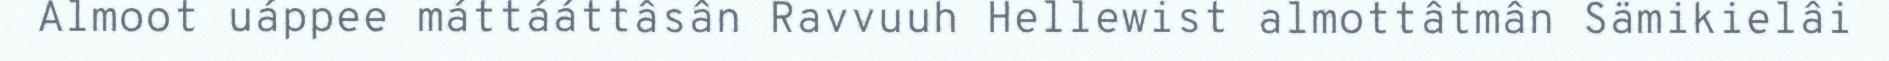
Almoot uáppee máttááttâsân Ravvuuh Hellewist almottâtmân Sämikielâi